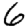
Digit: 6